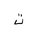
Letter: _ta